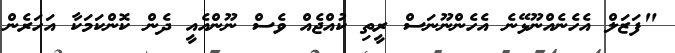
"ފަޒަލް އެހެނެއްނޫޅޭނެ އެހެންނޫނަސް ރީތި ކުއްޖެއް ވެސް ނޫންއެއީ ދެން ކޮންކަމަކާ އަހަރެން